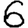
Digit: 6